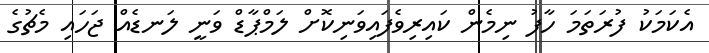
އެކަމަކު ފުރަތަމަ ހާފު ނިމެން ކައިރިވެފައިވަނިކޮށް ލަމްޕާޑް ވަނީ ލަނޑެއް ޖަހައި މެޗުގެ